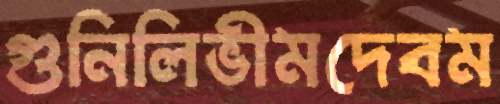
গুনিলিভীমদেবম